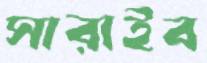
সারাইব